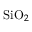
\mathrm { S i O } _ { 2 }